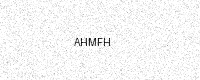
Text: AHMFH